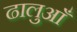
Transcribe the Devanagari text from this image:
ढालुआँ